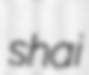
shai